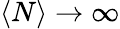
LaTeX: \left\langle N\right\rangle\to\infty